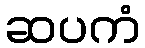
ဆပကံ